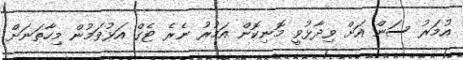
އުމަރު ސަން އަށް ވިދާޅުވީ މޮނިކޮން އަމުރު ނެރެ ޓެގް އަޅުވަމުން މިހާތަނަށް